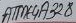
Text: ATME4A328